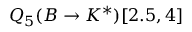
Q _ { 5 } ( B \to K ^ { * } ) [ 2 . 5 , 4 ]